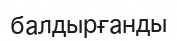
балдырғанды